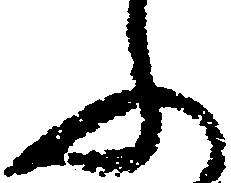
ふ